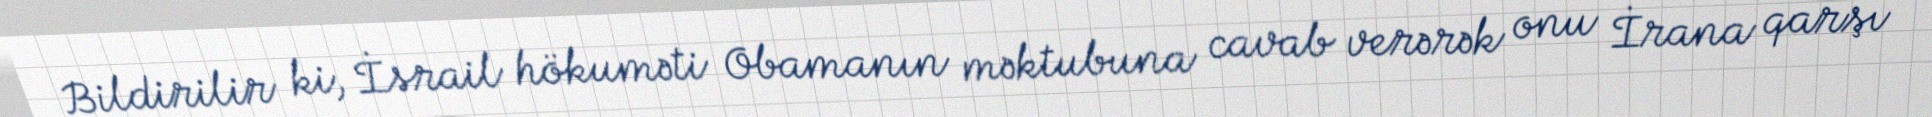
Bildirilir ki, İsrail hökuməti Obamanın məktubuna cavab verərək onu İrana qarşı